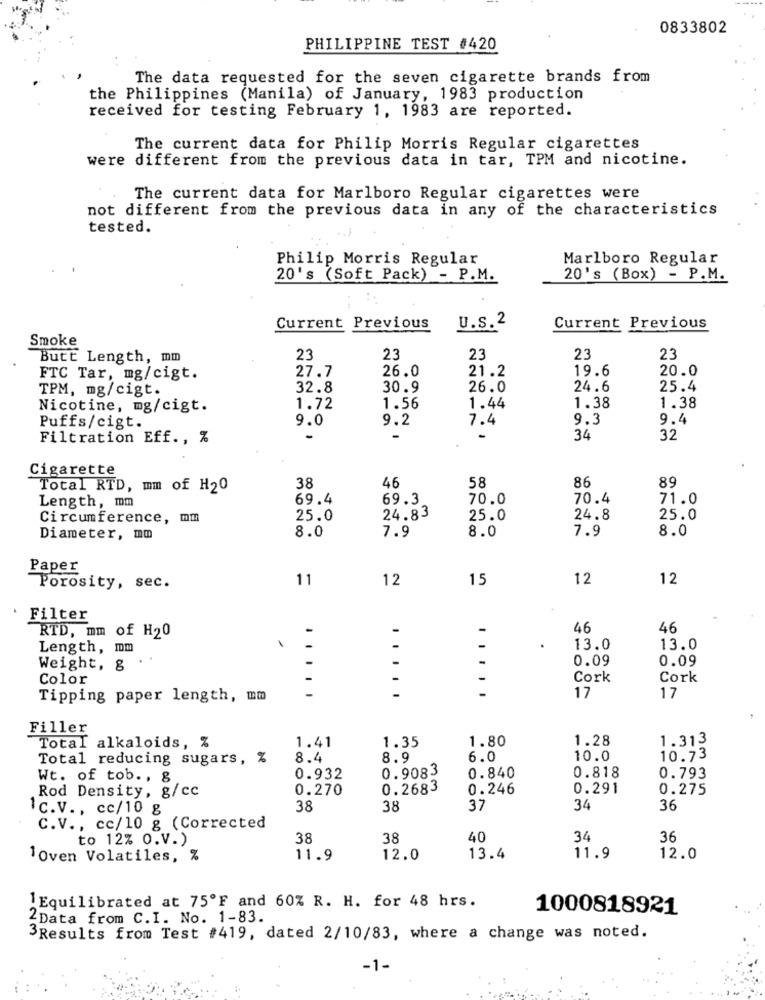
0833802
PHILIPPINE TEST #420
The data requested for the seven cigarette brands from
the Philippines (Manila) of January, 1983 production
received for testing February 1, 1983 are reported.
The current data for Philip Morris Regular cigarettes
were different from the previous data in tar, TPM and nicotine.
The current data for Marlboro Regular cigarettes were
not different from the previous data in any of the characteristics
tested.
Philip Morris Regular
Marlboro Regular
20's (Soft Pack) - P.M.
20's (Box) - P.M.
U.s.2
Current Previous
Current Previous
Smoke
Butt Length, mm
23
23
23
23
23
27.7
26.0
19.6
20.0
FTC Tar, mg/cigt.
21.2
TPM, mg/cigt.
32.8
30.9
26.0
24.6
25.4
Nicotine, mg/cigt.
1.72
1.56
1.44
1.38
1.38
9.0
9.2
7.4
9.3
9.4
Puffs/cigt.
Filtration Eff ., %
34
32
Cigarette
86
Total RTD, mm of H20
38
46
58
89
Length, mm
69.4
69.3
70.0
70.4
71.0
Circumference, mm
25.0
24.83
25.0
24.8
25.0
7.9
7.9
8.0
Diameter, mm
8.0
8.0
Paper
11
12
15
12
12
Porosity, sec.
Filter
-
46
46
RTD, mm of H20
Length, mm
-
13.0
13.0
0.09
0.09
Weight, 8
-
Color
-
-
Cork
Cork
-
-
Tipping paper length, mm
17
17
Filler
1.41
1.80
1.28
1.313
Total alkaloids, %
1.35
Total reducing sugars, %
8.4
8.9
6.0
10.0
10.73
0.9083
Wt. of tob ., 8
0.932
0.840
0.818
0.793
Rod Density, g/cc
0.270
0.2683
0.246
0.291
0.275
38
38
37
34
36
1c.V ., cc/10 g
C.V ., cc/10 g (Corrected
to 12% O.V.)
38
38
40
34
36
1Oven Volatiles, %
11.9
12.0
13.4
11.9
12.0
Equilibrated at 75ºF and 60% R. H. for 48 hrs.
1000818921
2Data from C.I. No. 1-83.
3Results from Test #419, dated 2/10/83, where a change was noted.
-1-